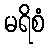
မရိစံ